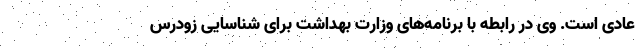
عادی است. وی در رابطه با برنامه‌های وزارت بهداشت برای شناسایی زودرس